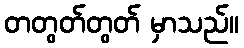
တတွတ်တွတ် မှာသည်။